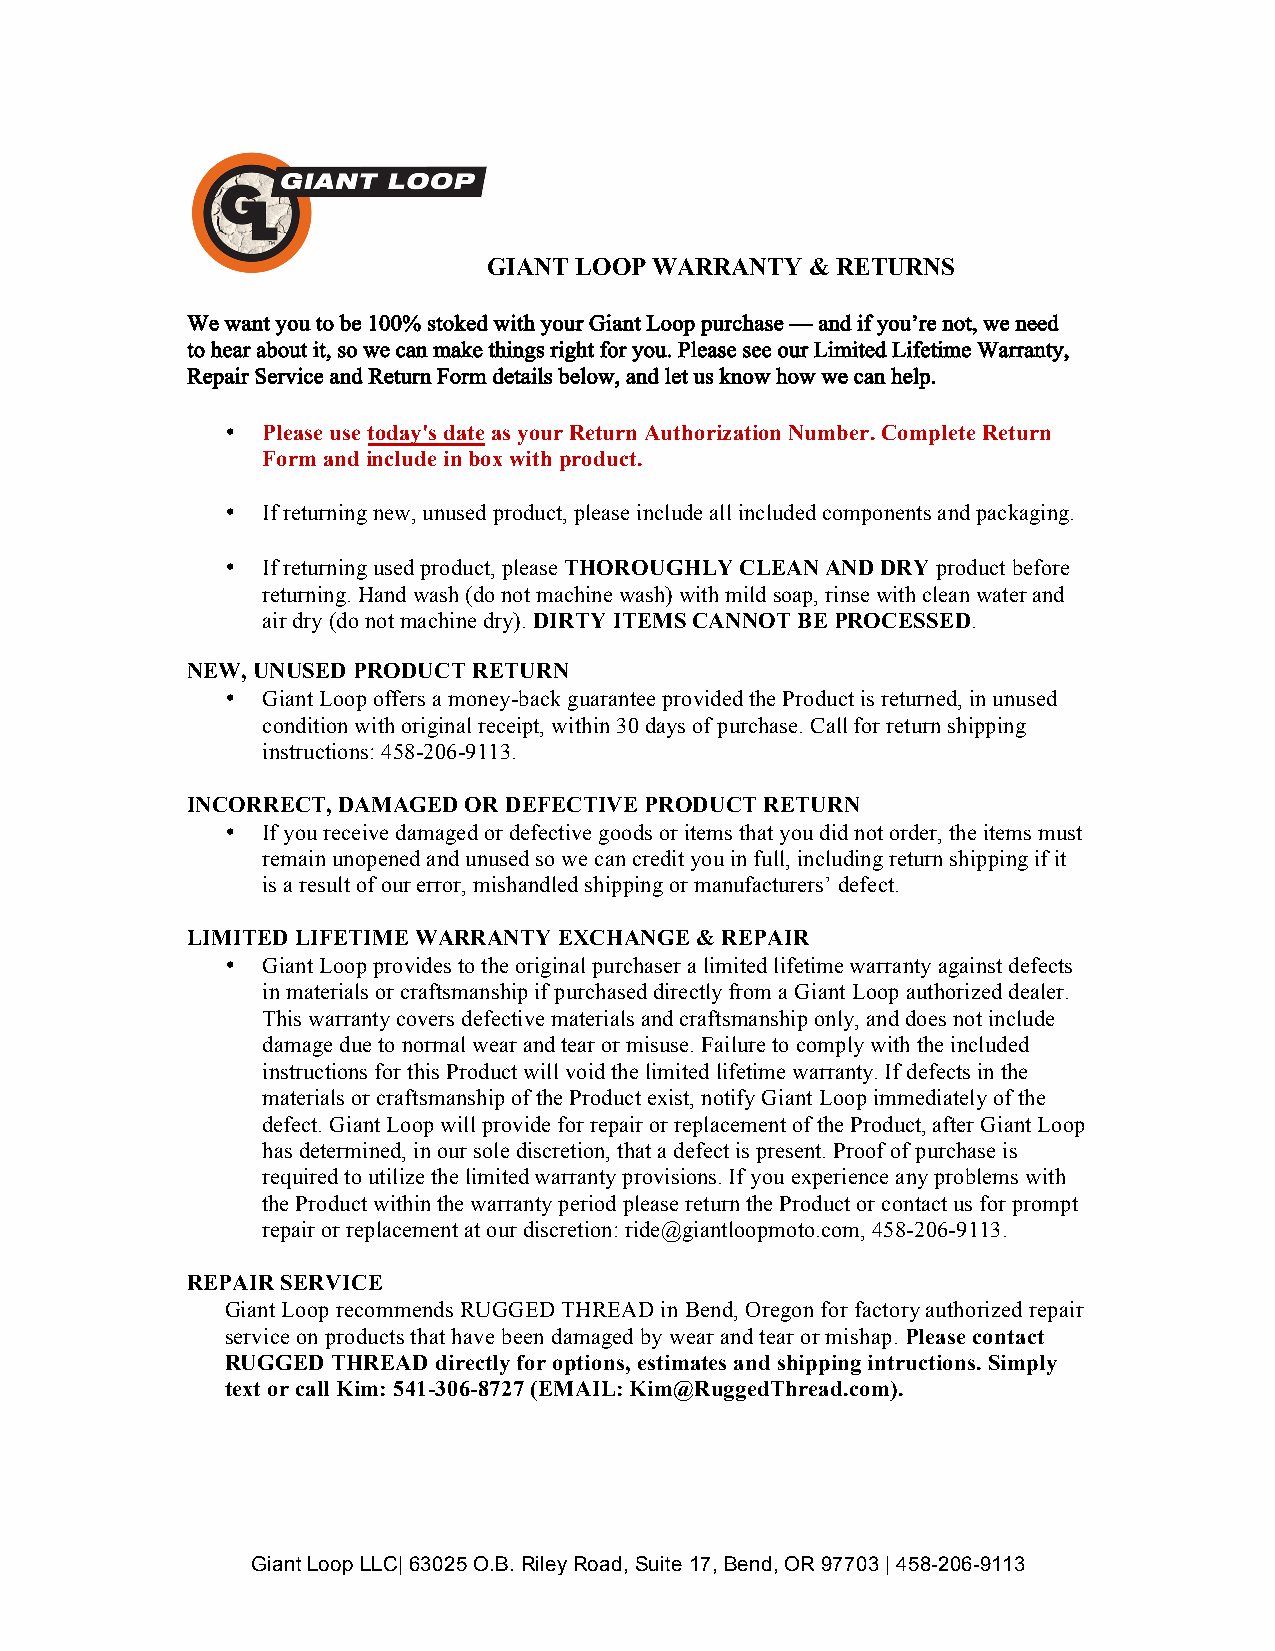
GIANT LOOP WARRANTY   & RETURNS
 We want you to be 100% stoked with your Giant Loop purchase — and if you’re not, we need
 to hear about it, so we can make things right for you. Please see our Limited Lifetime Warranty,
 Repair Service and Return Form details below, and let us know how we can help.
 • Please use today's date as your Return Authorization Number. Complete Return
 Form and include in box with product.
 • If returning new, unused product, please include all included components and packaging.
 • If returning used product, please THOROUGHLY CLEAN AND DRY product before
 returning. Hand wash (do not machine wash) with mild soap, rinse with clean water and
 air dry (do not machine dry). DIRTY ITEMS CANNOT BE PROCESSED.
 NEW, UNUSED PRODUCT RETURN
 • Giant Loop offers a money-back guarantee provided the Product is returned, in unused
 condition with original receipt, within 30 days of purchase. Call for return shipping
 instructions: 458-206-9113.
 INCORRECT, DAMAGED OR DEFECTIVE PRODUCT RETURN
 • If you receive damaged or defective goods or items that you did not order, the items must
 remain unopened and unused so we can credit you in full, including return shipping if it
 is a result of our error, mishandled shipping or manufacturers’ defect.
 LIMITED LIFETIME WARRANTY EXCHANGE & REPAIR
 • Giant Loop provides to the original purchaser a limited lifetime warranty against defects
 in materials or craftsmanship if purchased directly from a Giant Loop authorized dealer.
 This warranty covers defective materials and craftsmanship only, and does not include
 damage due to normal wear and tear or misuse. Failure to comply with the included
 instructions for this Product will void the limited lifetime warranty. If defects in the
 materials or craftsmanship of the Product exist, notify Giant Loop immediately of the
 defect. Giant Loop will provide for repair or replacement of the Product, after Giant Loop
 has determined, in our sole discretion, that a defect is present. Proof of purchase is
 required to utilize the limited warranty provisions. If you experience any problems with
 the Product within the warranty period please return the Product or contact us for prompt
 repair or replacement at our discretion: ride@giantloopmoto.com, 458-206-9113.
 REPAIR SERVICE
 Giant Loop recommends RUGGED THREAD in Bend, Oregon for factory authorized repair
 service on products that have been damaged by wear and tear or mishap. Please contact
 RUGGED THREAD directly for options, estimates and shipping intructions. Simply
 text or call Kim: 541-306-8727 (EMAIL: Kim@RuggedThread.com).
 Giant Loop LLC| 63025 O.B. Riley Road, Suite 17, Bend, OR 97703 | 458-206-9113